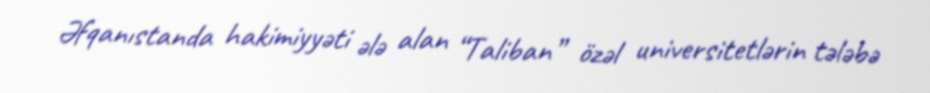
Əfqanıstanda hakimiyyəti ələ alan “Taliban” özəl universitetlərin tələbə